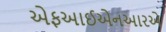
એફઆઈએનઆરએ